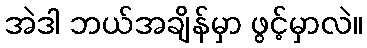
အဲဒါ ဘယ်အချိန်မှာ ဖွင့်မှာလဲ။